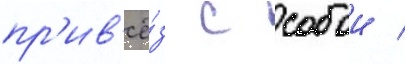
пр'ив'ё́з с собои /